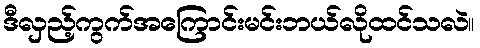
ဒီလှည့်ကွက်အကြောင်းမင်းဘယ်လိုထင်သလဲ။